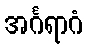
အင်္ဂရာဂံ